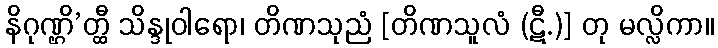
နိဂုဏ္ဌိ’တ္ထီ သိန္ဒုဝါရော၊ တိဏသုညံ [တိဏသူလံ (ဋီ.)] တု မလ္လိကာ။